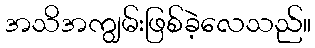
အသိအကျွမ်းဖြစ်ခဲ့လေသည်။